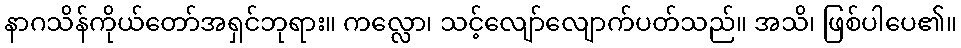
နာဂသိန်ကိုယ်တော်အရှင်ဘုရား။ ကလ္လော၊ သင့်လျော်လျောက်ပတ်သည်။ အသိ၊ ဖြစ်ပါပေ၏။